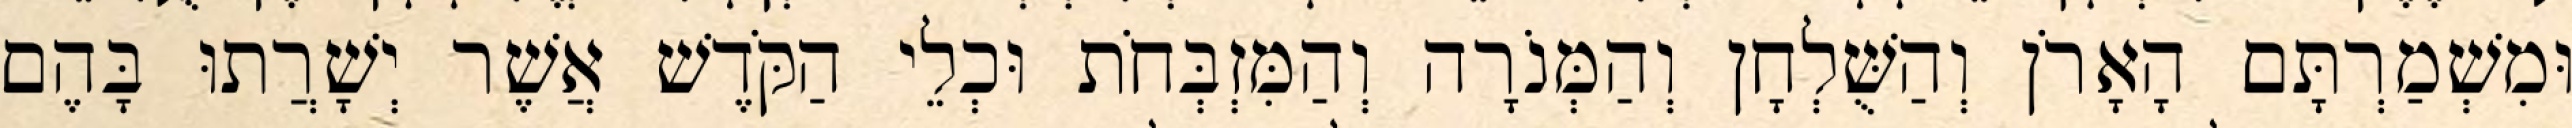
וּמִשְׁמַרְתָּם הָאָרֹן וְהַשֻּׁלְחָן וְהַמְּנֹרָה וְהַמִּזְבְּחֹת וּכְלֵי הַקֹּדֶשׁ אֲשֶׁר יְשָׁרֲתוּ בָּהֶם